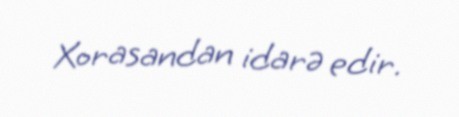
Xorasandan idarə edir.